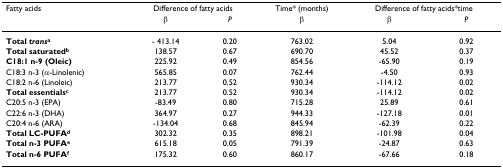
<table><thead><tr><td><b>Fatty acids</b></td><td colspan="2"><b>Difference of fatty acids</b></td><td><b>Time* (months)</b></td><td colspan="2"><b>Difference of fatty acids*time</b></td></tr><tr><td></td><td><b>β</b></td><td><b><i>P</i></b></td><td><b>β</b></td><td><b>β</b></td><td><b><i>P</i></b></td></tr></thead><tbody><tr><td><b>Total <i>trans</i><sup>a</sup></b></td><td>- 413.14</td><td>0.20</td><td>763.02</td><td>5.04</td><td>0.92</td></tr><tr><td><b>Total saturated<sup>b</sup></b></td><td>138.57</td><td>0.67</td><td>690.70</td><td>45.52</td><td>0.37</td></tr><tr><td><b>C18:1 n-9 (Oleic)</b></td><td>225.92</td><td>0.49</td><td>854.56</td><td>-65.90</td><td>0.19</td></tr><tr><td>C18:3 n-3 (α-Linolenic)</td><td>565.85</td><td>0.07</td><td>762.44</td><td>-4.50</td><td>0.93</td></tr><tr><td>C18:2 n-6 (Linoleic)</td><td>213.77</td><td>0.52</td><td>930.34</td><td>-114.12</td><td>0.02</td></tr><tr><td><b>Total essentials<sup>c</sup></b></td><td>213.77</td><td>0.52</td><td>930.34</td><td>-114.12</td><td>0.02</td></tr><tr><td>C20:5 n-3 (EPA)</td><td>-83.49</td><td>0.80</td><td>715.28</td><td>25.89</td><td>0.61</td></tr><tr><td>C22:6 n-3 (DHA)</td><td>364.97</td><td>0.27</td><td>944.33</td><td>-127.18</td><td>0.01</td></tr><tr><td>C20:4 n-6 (ARA)</td><td>-134.04</td><td>0.68</td><td>845.94</td><td>-62.39</td><td>0.22</td></tr><tr><td><b>Total LC-PUFA<sup>d</sup></b></td><td>302.32</td><td>0.35</td><td>898.21</td><td>-101.98</td><td>0.04</td></tr><tr><td><b>Total n-3 PUFA<sup>e</sup></b></td><td>615.18</td><td>0.05</td><td>791.39</td><td>-24.87</td><td>0.63</td></tr><tr><td><b>Total n-6 PUFA<sup>f</sup></b></td><td>175.32</td><td>0.60</td><td>860.17</td><td>-67.66</td><td>0.18</td></tr></tbody></table>